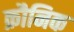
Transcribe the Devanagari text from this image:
क्रौनिक